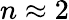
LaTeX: n\approx 2